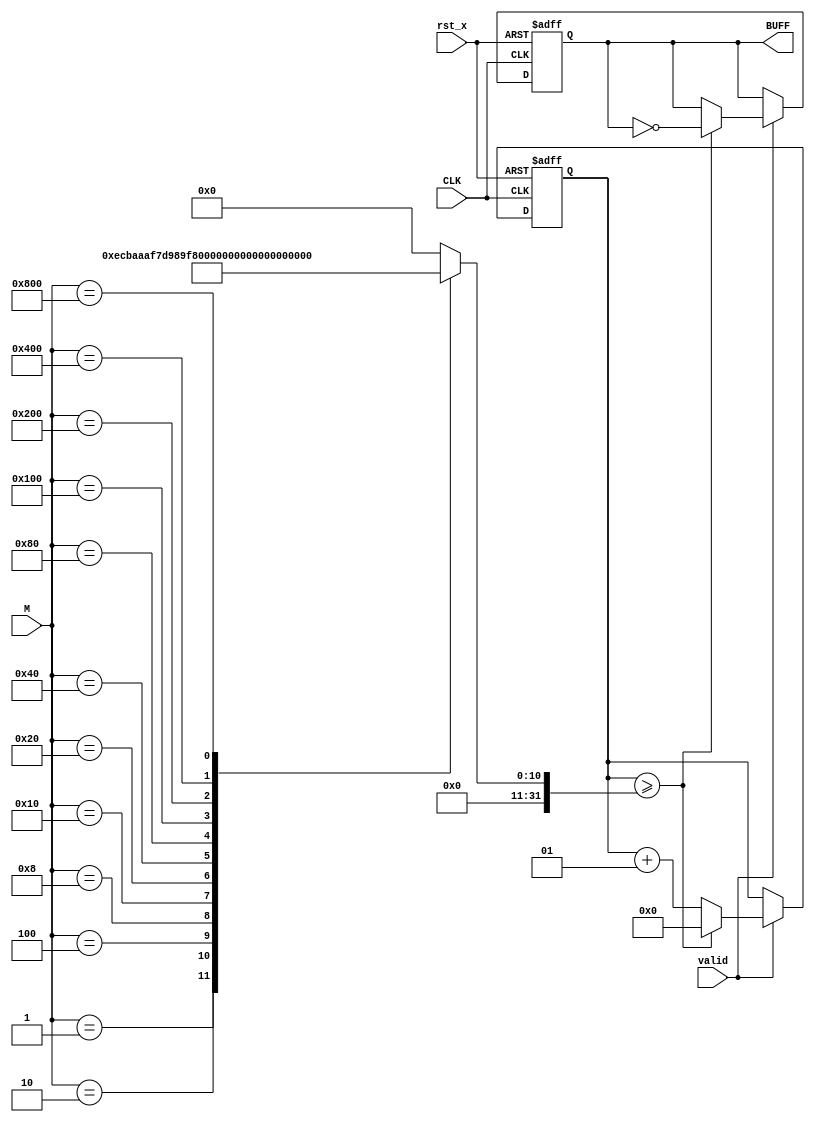
module piezo(CLK, rst_x, valid, M, BUFF);
	
	input CLK, rst_x, valid;
	input[11:0] M;
	output reg BUFF;
	integer CN_SOUND, LIMIT;

	parameter hz=1000000,C=264,D=293,E=329,F=349,G=392,A=440,B=494;

	always@(M)begin
		case (M)
		12'b000000000001: LIMIT = hz/C/2;//C {implement your code here}
		12'b000000000010: LIMIT = hz/D/2;//D {implement your code here}
		12'b000000000100: LIMIT = hz/E/2;//E {implement your code here}
		12'b000000001000: LIMIT = hz/F/2;//F {implement your code here}
		12'b000000010000: LIMIT = hz/G/2;//G {implement your code here}
		12'b000000100000: LIMIT = hz/A/2;//A {implement your code here}
		12'b000001000000: LIMIT = hz/B/2;//B {implement your code here}
		12'b000010000000: LIMIT = hz/C/4;//C {implement your code here}
		12'b000100000000: LIMIT = hz/D/4;
		12'b001000000000: LIMIT = hz/E/4;
		12'b010000000000: LIMIT = hz/F/4;
		12'b100000000000: LIMIT = hz/G/4;
		default:LIMIT = 0; //no sound
		endcase
	end
	
	always@(posedge CLK or negedge rst_x)begin
	
		if(!rst_x) begin //reset=0
			BUFF <= 0;
			CN_SOUND <= 0;
		end
		
		else if(valid ==1) begin
			
			if(CN_SOUND >= LIMIT)begin
				CN_SOUND <= 0 ; //initial CN_SOUND
				BUFF <= ~BUFF; //change BUFF
			end
	
			else CN_SOUND <= CN_SOUND +1; //increase CN_SOUND
		end
	
		else begin //maintain data
			CN_SOUND <= CN_SOUND;
			BUFF <= BUFF;
		end
	end
		
endmodule